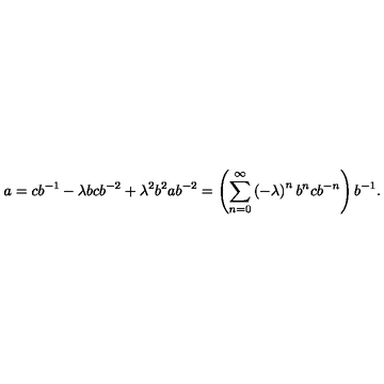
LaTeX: a = c b ^ { - 1 } - \lambda b c b ^ { - 2 } + \lambda ^ { 2 } b ^ { 2 } a b ^ { - 2 } = \left( \sum _ { n = 0 } ^ { \infty } \left( - \lambda \right) ^ { n } b ^ { n } c b ^ { - n } \right) b ^ { - 1 } .